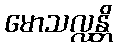
မောသလ္လန္တိ